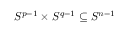
S ^ { p - 1 } \times S ^ { q - 1 } \subseteq S ^ { n - 1 }